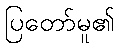
ပြတော်မူ၏